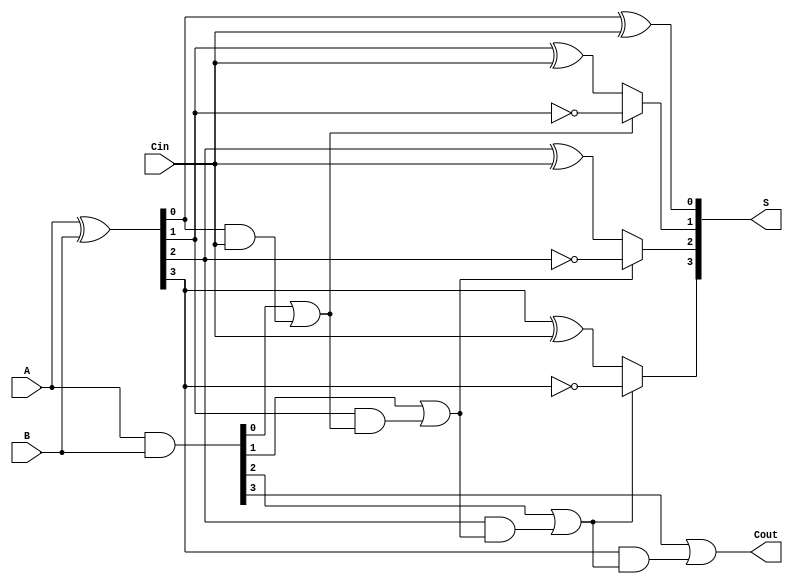
module CSPA(
    input [3:0] A,
    input [3:0] B,
    input Cin,
    output [3:0] S,
    output Cout
);

    // Generate and Propagate signals
    wire [3:0] G; // Generate signals
    wire [3:0] P; // Propagate signals
    
    assign G = A & B;        // G[i] = A[i] AND B[i]
    assign P = A ^ B;        // P[i] = A[i] XOR B[i]
    
    // Carry signals
    wire C1, C2, C3;
    
    // Carry Select Logic
    // Segment 0
    wire S0_c0, S0_c1;
    assign S[0] = P[0] ^ Cin;          // Sum for segment 0
    assign C1 = G[0] | (P[0] & Cin);   // Carry out for segment 0

    // Segment 1
    wire S1_c0, S1_c1;
    assign S1_c0 = P[1] ^ Cin;         // Sum for segment 1 with Cin = 0
    assign S1_c1 = P[1] ^ 1'b1;        // Sum for segment 1 with Cin = 1
    assign C2 = G[1] | (P[1] & C1);     // Carry out for segment 1
    assign S[1] = C1 ? S1_c1 : S1_c0;   // Select sum based on C1

    // Segment 2
    wire S2_c0, S2_c1;
    assign S2_c0 = P[2] ^ Cin;         // Sum for segment 2 with Cin = 0
    assign S2_c1 = P[2] ^ 1'b1;        // Sum for segment 2 with Cin = 1
    assign C3 = G[2] | (P[2] & C2);     // Carry out for segment 2
    assign S[2] = C2 ? S2_c1 : S2_c0;   // Select sum based on C2

    // Segment 3
    assign S3_c0 = P[3] ^ Cin;         // Sum for segment 3 with Cin = 0
    assign S3_c1 = P[3] ^ 1'b1;        // Sum for segment 3 with Cin = 1
    assign Cout = G[3] | (P[3] & C3);   // Carry out for segment 3
    assign S[3] = C3 ? S3_c1 : S3_c0;   // Select sum based on C3

endmodule